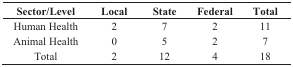
| Sector/Level | Local | State | Federal | Total |
 | --- | --- | --- | --- | --- |
 | Human Health | 2 | 7 | 2 | 11 |
 | Animal Health | 0 | 5 | 2 | 7 |
 | Total | 2 | 12 | 4 | 18 |